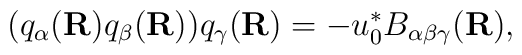
(q_{\alpha}({\bf R}) q_{\beta}({\bf R})) q_{\gamma}({\bf R}) = - u_{0}^{*}                       B_{\alpha \beta \gamma}({\bf R}),